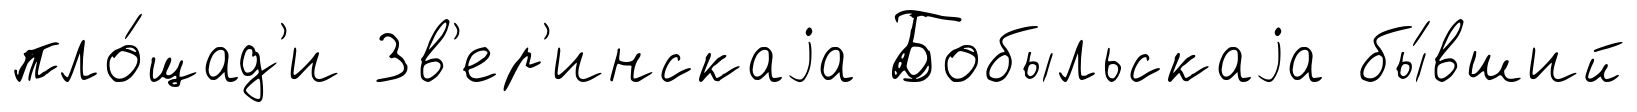
пло́щад'и Зв'ер'инскаjа Бобыльскаjа бы́вший